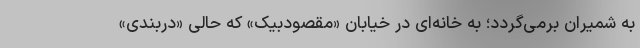
به شمیران برمی‌گردد؛ به خانه‌ای در خیابان «مقصودبیک» که حالی «دربندی»